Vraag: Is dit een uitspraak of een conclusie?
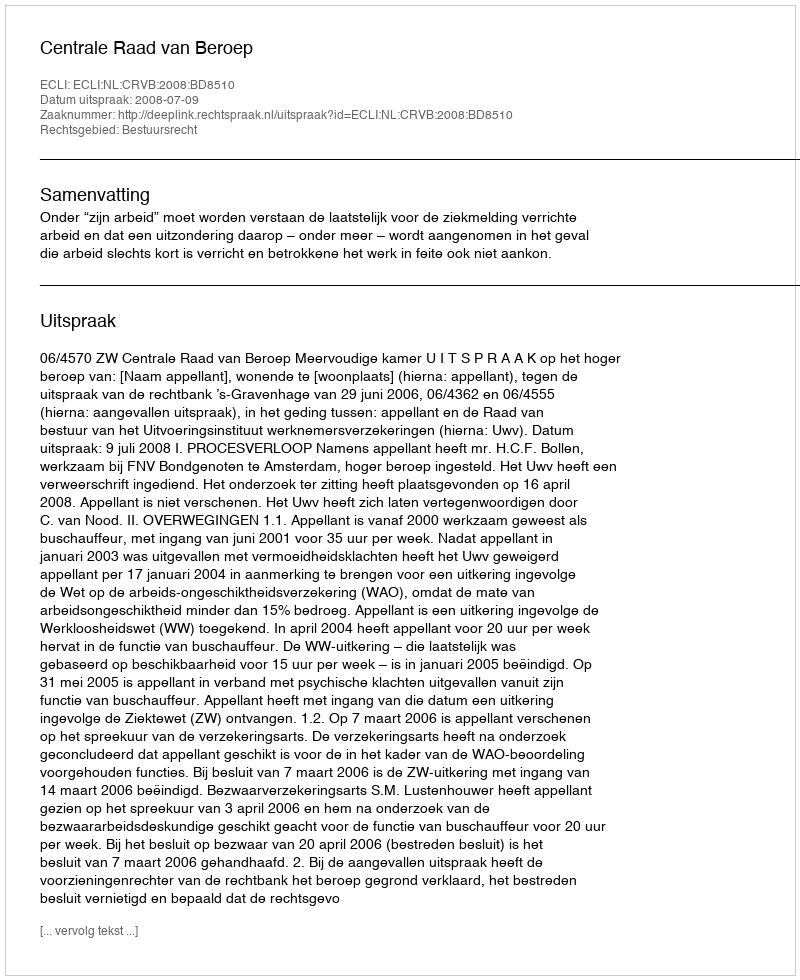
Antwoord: Uitspraak